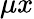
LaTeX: \mu x